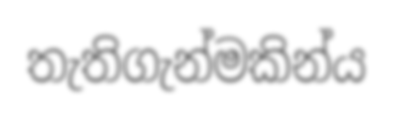
තැතිගැන්මකින්ය